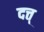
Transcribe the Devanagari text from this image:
दत्त्